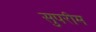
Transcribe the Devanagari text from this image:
सुपरीम